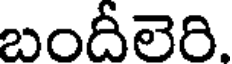
బందీలెరి.